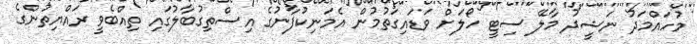
މުހައްމަދު ނަޝީދު މާލޭ ސިޓީ ހޯލަށް ވަޑައިގަތުމުން އެމަނިކުފާނުގެ އިސްތިގުބާލުގައި ތިއްބެވީ ރައްޔިތުންގެ